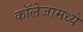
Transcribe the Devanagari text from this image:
कॉलेजामध्ये